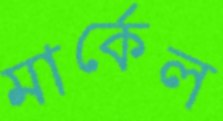
মার্কেল